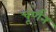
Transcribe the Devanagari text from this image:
चूर्णन